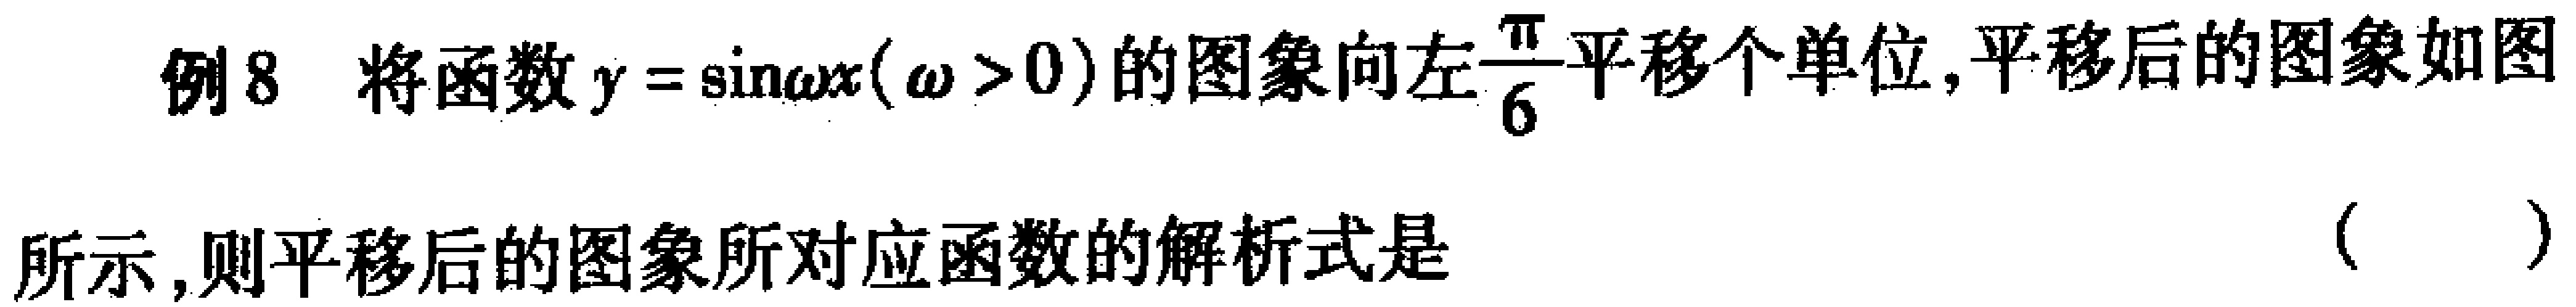
例8 将函数$y = \sin\omega x(\omega > 0)$的图象向左$\frac{\pi}{6}$平移个单位，平移后的图象如图所示，则平移后的图象所对应函数的解析式是（  ）